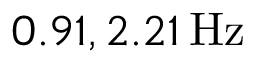
0 . 9 1 , 2 . 2 1 \, \mathrm { H z }